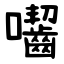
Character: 囓